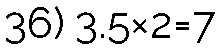
36) 3.5×2=7